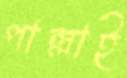
পাল্লাই